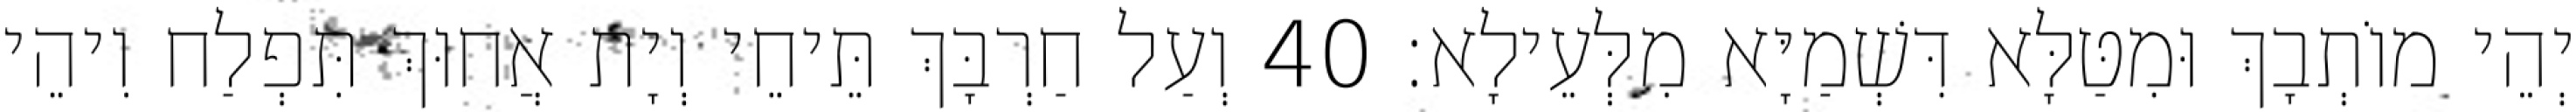
יְהֵי מוֹתְבָךְ וּמִטַּלָּא דִּשְׁמַיָּא מִלְּעֵילָא׃ 40 וְעַל חַרְבָּךְ תֵּיחֵי וְיָת אֲחוּךְ תִּפְלַח וִיהֵי